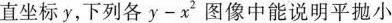
直坐标y，下列各$$y - x ^ { 2 }$$图像中能说明平抛小